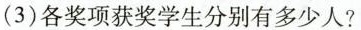
(3)各奖项获奖学生分别有多少人?